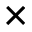
\times